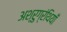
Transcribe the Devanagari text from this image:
अश्रुग्रंथियाँ